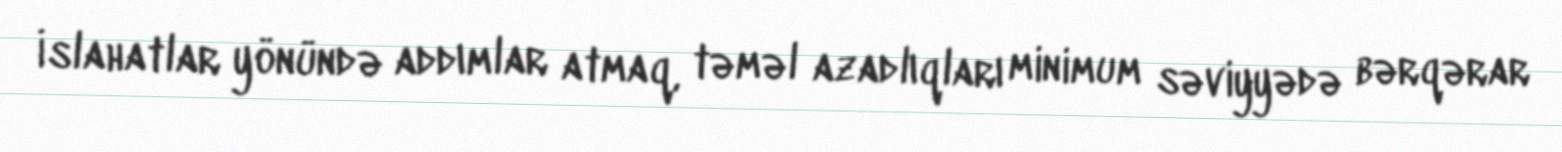
İslahatlar yönündə addımlar atmaq, təməl azadlıqları minimum səviyyədə bərqərar